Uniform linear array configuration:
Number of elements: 4
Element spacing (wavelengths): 0.25
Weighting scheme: exponential
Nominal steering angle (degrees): -15
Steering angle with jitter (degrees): -13.203
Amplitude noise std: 0.05
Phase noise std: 0.05

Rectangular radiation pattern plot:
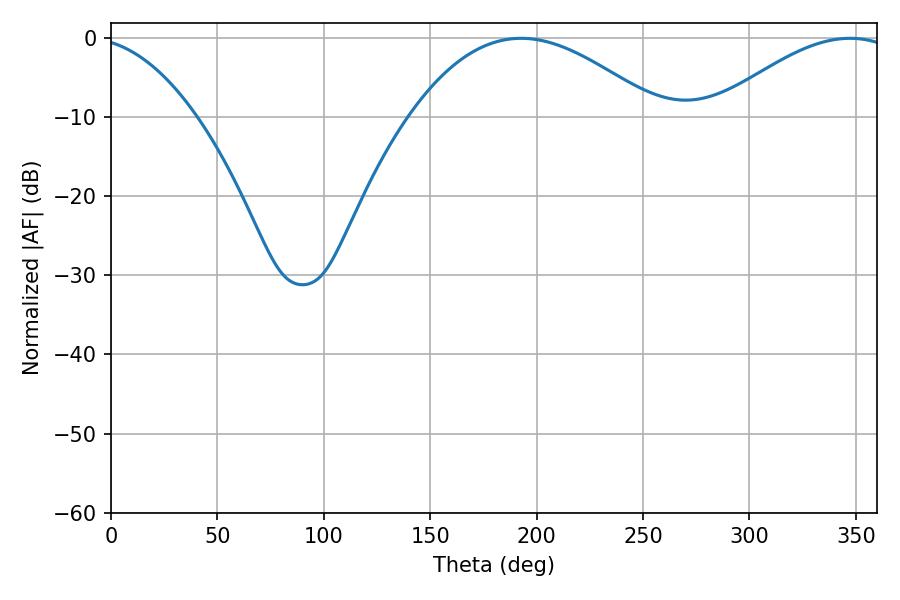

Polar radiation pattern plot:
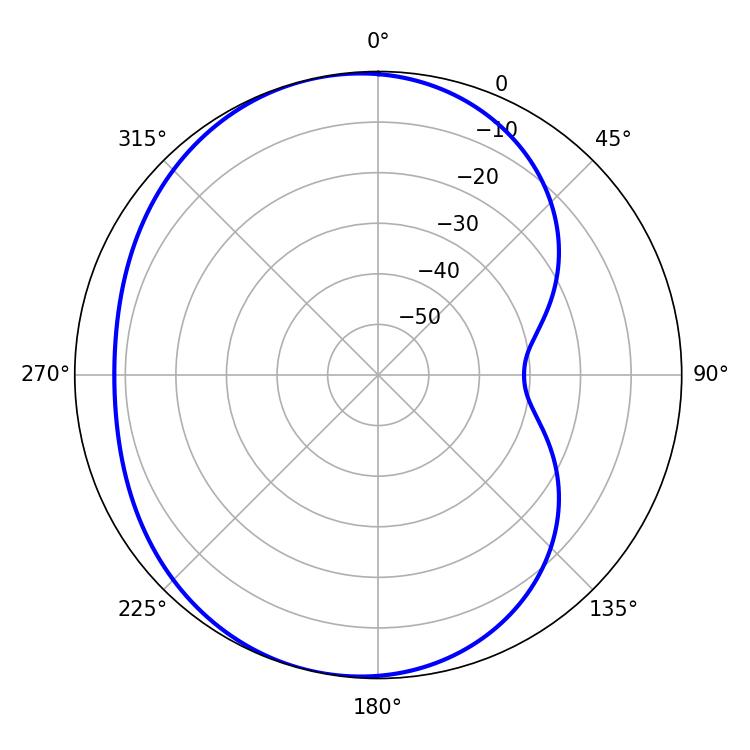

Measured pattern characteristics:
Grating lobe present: FALSE
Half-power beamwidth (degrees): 64.08
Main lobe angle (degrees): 192.78